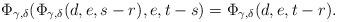
LaTeX: \begin{align*}\Phi_{\gamma,\delta}(\Phi_{\gamma,\delta}(d,e,s-r),e,t-s) = \Phi_{\gamma,\delta}(d,e,t-r).\end{align*}